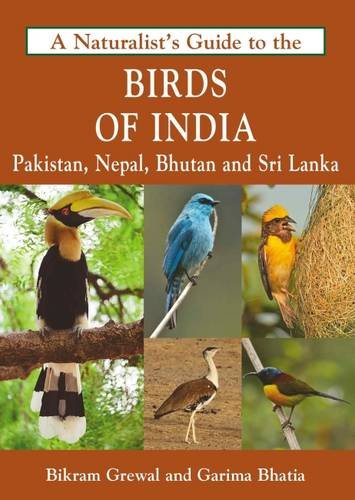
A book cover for A Naturalist's Guide to the Birds of India; Bikram Grewal; Travel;